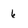
Character: 6